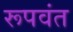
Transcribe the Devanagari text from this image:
रूपवंत